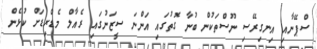
ސްޕޭނާއި އިނގިރޭސި ނޫސްތަކުން ބުނާ ގޮތުގައި އަންނަ ސީޒަނުގައި ރެއާލް މެޑްރިޑަށް ކުޅެން